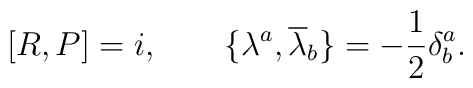
\lbrack R, P \rbrack = i, \qquad\lbrace \lambda^a, {\overline{\lambda}}_b \rbrace = -\frac{1}{2} \delta^a_b.